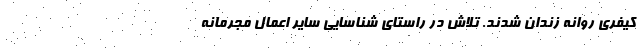
کیفری روانه زندان شدند. تلاش در راستای شناسایی سایر اعمال مجرمانه